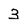
Character: 3